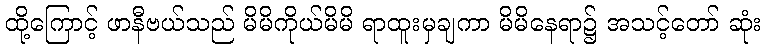
ထို့ကြောင့် ဖာနီဗယ်သည် မိမိကိုယ်မိမိ ရာထူးမှချကာ မိမိနေရာ၌ အသင့်တော် ဆုံး